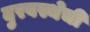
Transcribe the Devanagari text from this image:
दुरवस्थेची